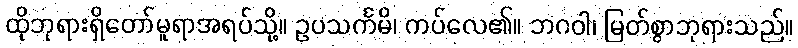
ထိုဘုရားရှိတော်မူရာအရပ်သို့။ ဥပသင်္ကမိ၊ ကပ်လေ၏။ ဘဂဝါ၊ မြတ်စွာဘုရားသည်။